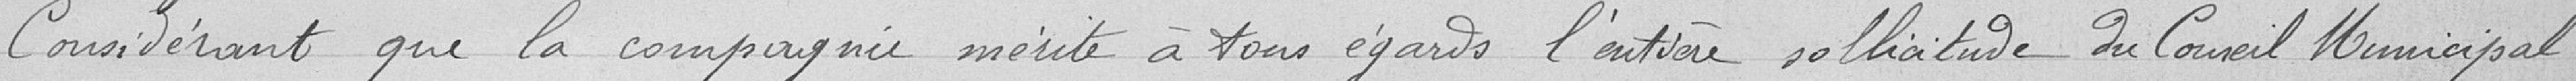
Considérant que la compagnie mérite à tous égards l'entière sollicitude du Conseil Municipal.